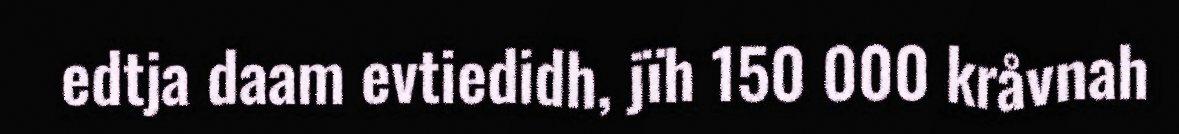
edtja daam evtiedidh, jïh 150 000 kråvnah